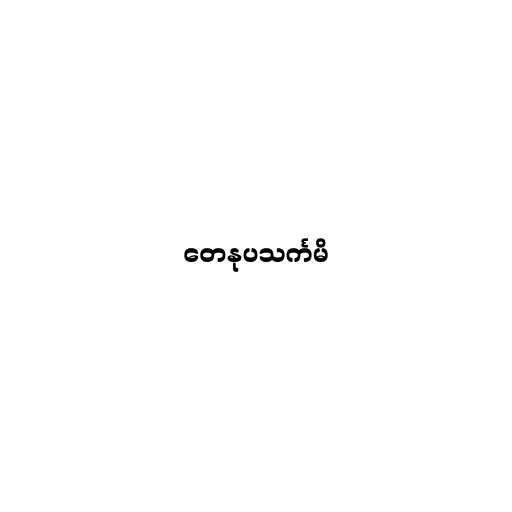
တေနုပသင်္ကမိ